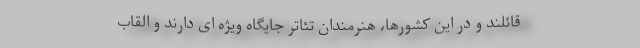
قائلند و در این کشورها، هنرمندان تئاتر جایگاه ویژه ای دارند و القاب